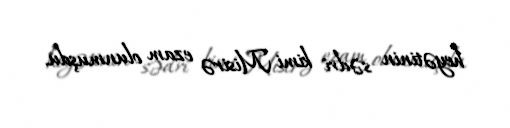
heyətinin sədri kimi Misirə ezam olunmuşdu.